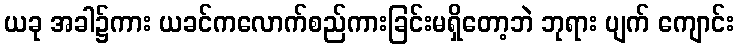
ယခု အခါ၌ကား ယခင်ကလောက်စည်ကားခြင်းမရှိတော့ဘဲ ဘုရား ပျက် ကျောင်း